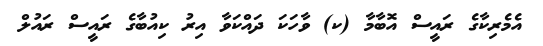
އެމެރިކާގެ ރައީސް އޮބާމާ (ކ) ވާހަކަ ދައްކަވާ އިރު ކިއުބާގެ ރައީސް ރައުލް